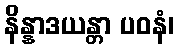
နိန္နာဒယန္တာ ပဝနံ၊